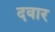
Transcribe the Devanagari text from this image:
दवार